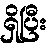
ရှိပြီး